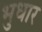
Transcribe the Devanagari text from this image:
भुधार